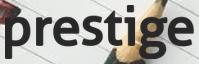
prestige